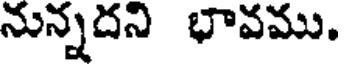
నున్నదని భావము.